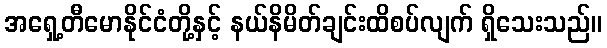
အရှေ့တီမောနိုင်ငံတို့နှင့် နယ်နိမိတ်ချင်းထိစပ်လျက် ရှိသေးသည်။